Piroplasma canis and its life cycle in the tick - Number 29
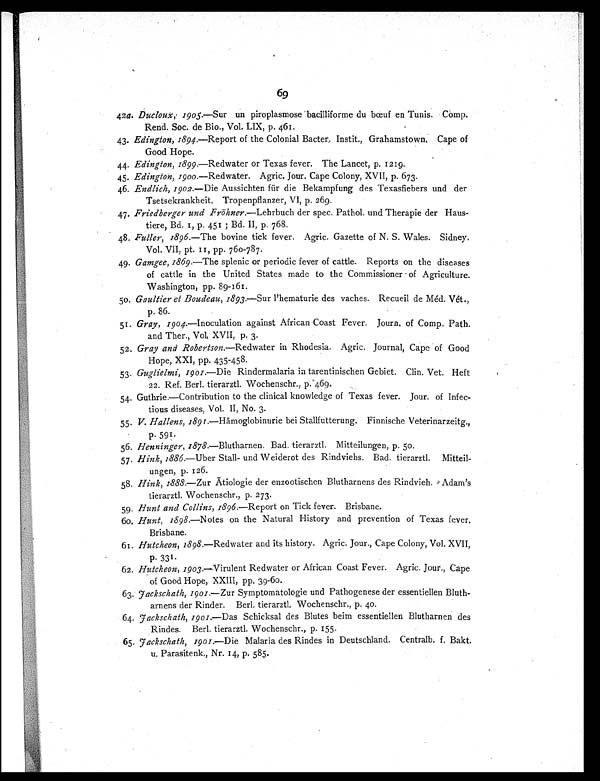
69
42a. Ducloux, 1905.—Sur un piroplasmose bacilliforme du bœuf en Tunis. Comp.
Rend. Soc. de Bio., Vol. LIX, p. 461.
43. Edington, 1894.—Report of the Colonial Bacter. Instit., Grahamstown. Cape of
Good Hope.
44. Edington, 1899.—Redwater or Texas fever. The Lancet, p. 1219.
45. Edington, 1900.— Redwater. Agric. Jour. Cape Colony, XVII, p. 673.
46. Endlich, 1902.—Die Aussichten für die Bekampfung des Texasfiebers und der
Tsetsekrankheit. Tropenpflanzer, VI, p. 269.
47. Friedberger und Fröhner.—Lehrbuch der spec. Pathol. und Therapie der Haus-
tiere, Bd. 1, p. 451 ; Bd. II, p. 768.
48. Fuller, 1896.—The bovine tick fever. Agric. Gazette of N. S. Wales. Sidney.
Vol. VII, pt. 11, pp. 760-787.
49. Gamgee, 1869.—The splenic or periodic fever of cattle. Reports on the diseases
of cattle in the United States made to the Commissioner of Agriculture.
Washington, pp. 89-161.
50. Gaultier et Boudeau, 1893.—Sur l'hematurie des vaches. Recueil de Méd. Vét.,
p. 86.
51. Gray, 1904.—Inoculation against African Coast Fever. Journ. of Comp. Path.
and Ther., Vol, XVII, p. 3.
52. Gray and Robertson.— Redwater in Rhodesia. Agric. Journal, Cape of Good
Hope, XXI, pp. 435-458.
53. Guglielmi, 1901.— Die Rindermalaria in tarentinischen Gebiet. Clin. Vet. Heft
22. Ref. Berl. tierarztl. Wochenschr., p 469.
54. Guthrie.—Contribution to the clinical knowledge of Texas fever. Jour. of Infec-
tious diseases, Vol. II, No. 3.
55. V. Hallens, 1891.— Hämoglobinurie bei Stallfutterung. Finnische Veterinarzeitg.,
p. 591.
56. Henninger, 1878.— Blutharnen. Bad. tierarztl. Mitteilungen, p. 50.
57. Hink, 1886.— Uber Stall- und Weiderot des Rindviehs. Bad. tierarztl. Mitteil-
ungen, p. 126.
58. Hink, 1888.— Zur Ätiologie der enzootischen Blutharnens des Rindvieh. Adam's
tierarztl. Wochenschr., p. 273.
59. Hunt and Collins, 1896.—Report on Tick fever. Brisbane.
60. Hunt, 1898 .— Notes on the Natural History and prevention of Texas fever.
Brisbane.
61. Hutcheon, 1898.— Redwater and its history. Agric. Jour., Cape Colony, Vol. XVII,
p. 331 .
62. Hutcheon, 1903.— Virulent Redwater or African Coast Fever. Agric. Jour., Cape
of Good Hope, XXIII, pp. 39-60.
63.
Fackschath, 1901.—Zur Symptomatologie und Pathogenese der essentiellen Bluth-
arnens der Rinder. Berl. tierarztl. Wochenschr., p. 40.
64.
Fackschath, 1901.—Das Schicksal des Blutes beim essentiellen Blutharnen des
Rindes. Berl. tierarztl. Wochenschr., p. 155.
65.
Fackschath, 1901.—Die Malaria des Rindes in Deutschland. Centralb. f. Bakt.
u. Parasitenk., Nr. 14, p. 585.